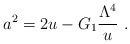
\begin{align*}a^2=2u - G_1{\Lambda^{4} \over u} \ . \end{align*}